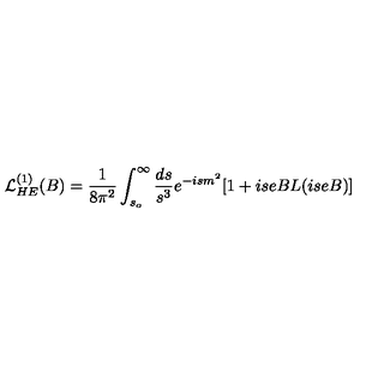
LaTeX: { \cal L } _ { H E } ^ { ( 1 ) } ( B ) = { \frac { 1 } { 8 \pi ^ { 2 } } } \int _ { s _ { o } } ^ { \infty } { \frac { d s } { s ^ { 3 } } } e ^ { - i s m ^ { 2 } } [ 1 + i s e B L ( i s e B ) ]